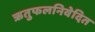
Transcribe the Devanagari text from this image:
ऋतुफलनिवेदित